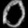
Digit: ၀